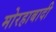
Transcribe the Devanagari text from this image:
मोरहाबादी